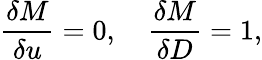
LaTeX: \frac{\delta M}{\delta u}=0,\quad\frac{\delta M}{\delta D}=1,